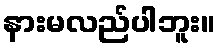
နားမလည်ပါဘူး။